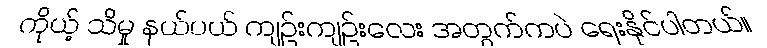
ကိုယ့် သိမှု နယ်ပယ် ကျဉ်းကျဉ်းလေး အတွက်ကပဲ ရေးနိုင်ပါတယ်။